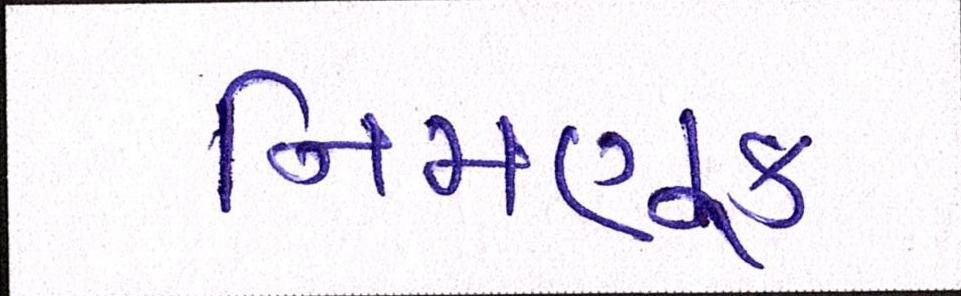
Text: નિમણૂક